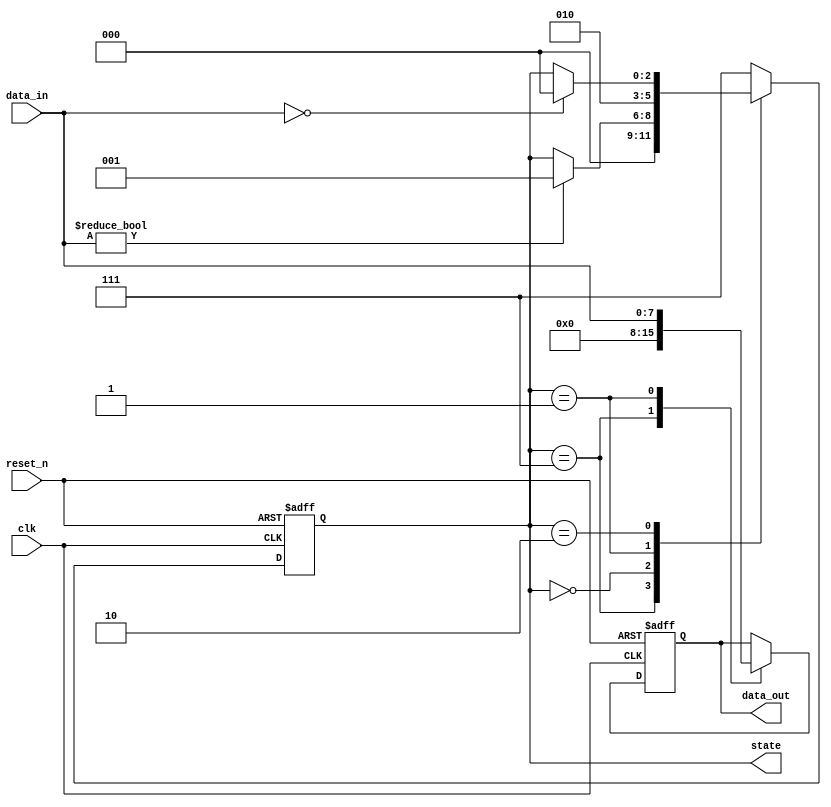
module ResetConditionBlock(
    input wire clk,             // Clock signal
    input wire reset_n,         // Active-low reset signal
    input wire [7:0] data_in,   // Input control/data signals
    output reg [7:0] data_out,   // Output signals
    output reg [2:0] state       // Internal state variable
);

// Parameter definitions for states
localparam IDLE   = 3'b000;
localparam PROCESS = 3'b001;
localparam DONE   = 3'b010;
localparam RESET  = 3'b111;   // Reset state

// Initial block for setting initial values
initial begin
    state = IDLE;               // Initialize to IDLE state
    data_out = 8'b0;            // Initialize output to 0
end

// Synchronous Reset Logic
always @(posedge clk or negedge reset_n) begin
    if (!reset_n) begin
        // Active-low reset condition
        state <= RESET;         // Transition to reset state
        data_out <= 8'b0;       // Reset output
    end else begin
        // State Management
        case (state)
            RESET: begin
                state <= IDLE;   // After reset, go to IDLE
                data_out <= 8'b0; // Clear output on reset
            end
            
            IDLE: begin
                if (data_in != 8'b0) begin
                    state <= PROCESS;  // Transition to PROCESS state
                end
            end
            
            PROCESS: begin
                // Sample processing logic (can be expanded)
                data_out <= data_in;  // Example: Passing input to output
                state <= DONE;         // Move to DONE state after processing
            end
            
            DONE: begin
                // Finish processing, remain in DONE or go back to IDLE
                if (data_in == 8'b0) begin
                    state <= IDLE;       // Return to IDLE if no input
                end
            end
            
            default: begin
                state <= RESET;       // Default to reset state
            end
        endcase
    end
end

endmodule